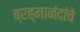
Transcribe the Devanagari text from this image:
ब्रह्मानंदांचे